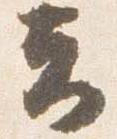
夫